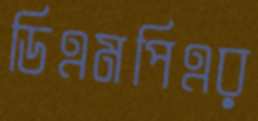
ডিএমপিএর